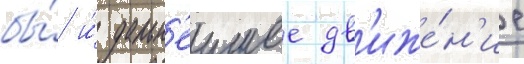
бы́ и́ дальн'еишее дв'иже́н'ие